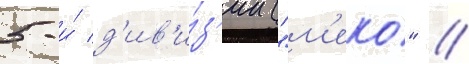
5-и́ д'ив'и́з'ии ("м'еко" /